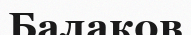
Балаков